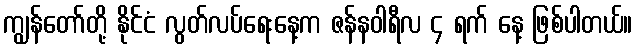
ကျွန်တော်တို့ နိုင်ငံ လွတ်လပ်ရေးနေ့က ဇန်နဝါရီလ ၄ ရက် နေ့ ဖြစ်ပါတယ်။